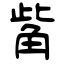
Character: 觜